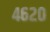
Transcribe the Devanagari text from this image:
४६२०